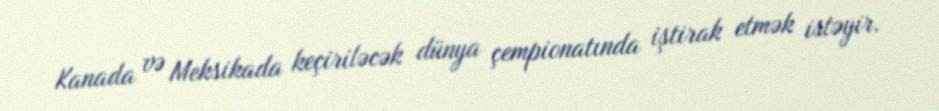
Kanada və Meksikada keçiriləcək dünya çempionatında iştirak etmək istəyir.